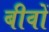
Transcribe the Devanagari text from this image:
बीवों